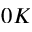
0 K